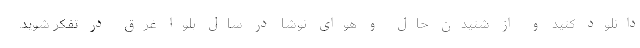
دانلود کنید و از شنیدن حال و هوای نوشا در سال بلوا غرق در تفکر شوید.